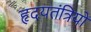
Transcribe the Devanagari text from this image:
हृदयतंत्रियों